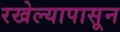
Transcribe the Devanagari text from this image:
रखेल्यापासून